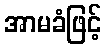
အာမခံဖြင့်